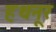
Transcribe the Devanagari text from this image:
हथनूर